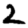
Digit: 2